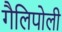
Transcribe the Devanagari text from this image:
गैलिपोली